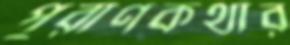
পুরাণকথার